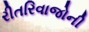
રીતરિવાજોની